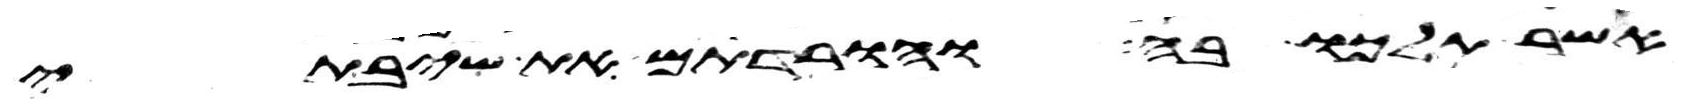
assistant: אשר תלכו בה והורדתם את שיבתי